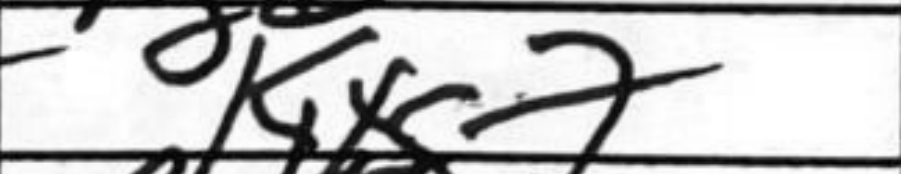
Transcription: Kxg7